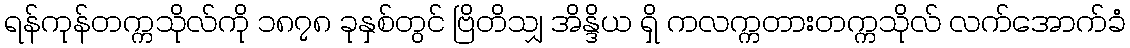
ရန်ကုန်တက္ကသိုလ်ကို ၁၈၇၈ ခုနှစ်တွင် ဗြိတိသျှ အိန္ဒိယ ရှိ ကလက္ကတားတက္ကသိုလ် လက်အောက်ခံ